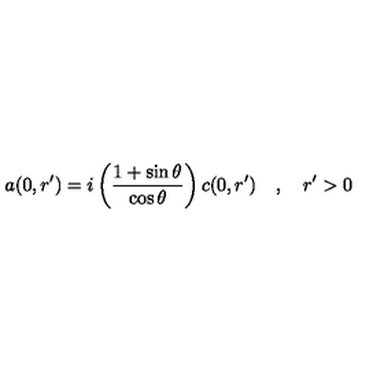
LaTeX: a ( 0 , r ^ { \prime } ) = i \left( \frac { 1 + \sin \theta } { \cos \theta } \right) c ( 0 , r ^ { \prime } ) \quad , \quad r ^ { \prime } > 0